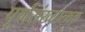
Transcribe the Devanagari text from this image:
पूर्णसंख्यात्मक